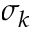
\sigma _ { k }